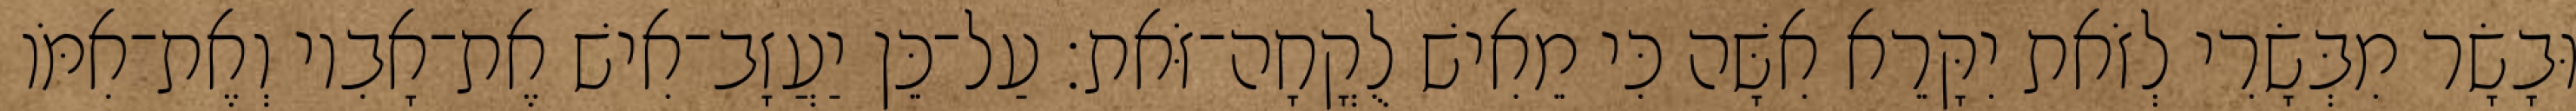
וּבָשָׂר מִבְּשָׂרִי לְזֹאת יִקָּרֵא אִשָּׁה כִּי מֵאִישׁ לֻקֳחָה־זֹּאת׃ עַל־כֵּן יַעֲזָב־אִישׁ אֶת־אָבִיו וְאֶת־אִמֹּו